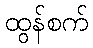
ထွန်စက်